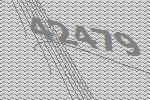
42479